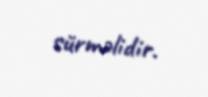
sürməlidir.